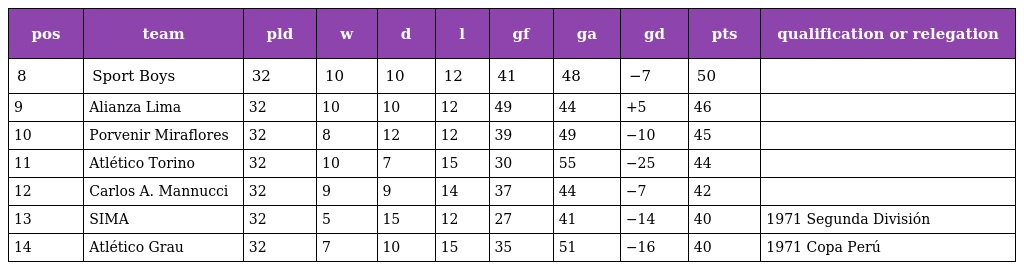
| pos | team | pld | w | d | l | gf | ga | gd | pts | qualification or relegation |
 | --- | --- | --- | --- | --- | --- | --- | --- | --- | --- | --- |
 | 8 | Sport Boys | 32 | 10 | 10 | 12 | 41 | 48 | −7 | 50 |  |
 | 9 | Alianza Lima | 32 | 10 | 10 | 12 | 49 | 44 | +5 | 46 |  |
 | 10 | Porvenir Miraflores | 32 | 8 | 12 | 12 | 39 | 49 | −10 | 45 |  |
 | 11 | Atlético Torino | 32 | 10 | 7 | 15 | 30 | 55 | −25 | 44 |  |
 | 12 | Carlos A. Mannucci | 32 | 9 | 9 | 14 | 37 | 44 | −7 | 42 |  |
 | 13 | SIMA | 32 | 5 | 15 | 12 | 27 | 41 | −14 | 40 | 1971 Segunda División |
 | 14 | Atlético Grau | 32 | 7 | 10 | 15 | 35 | 51 | −16 | 40 | 1971 Copa Perú |